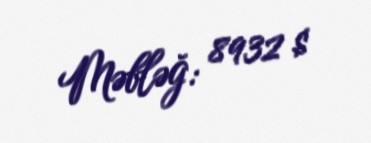
Məbləğ: 8932 $